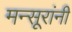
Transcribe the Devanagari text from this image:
मन्सूरांनी